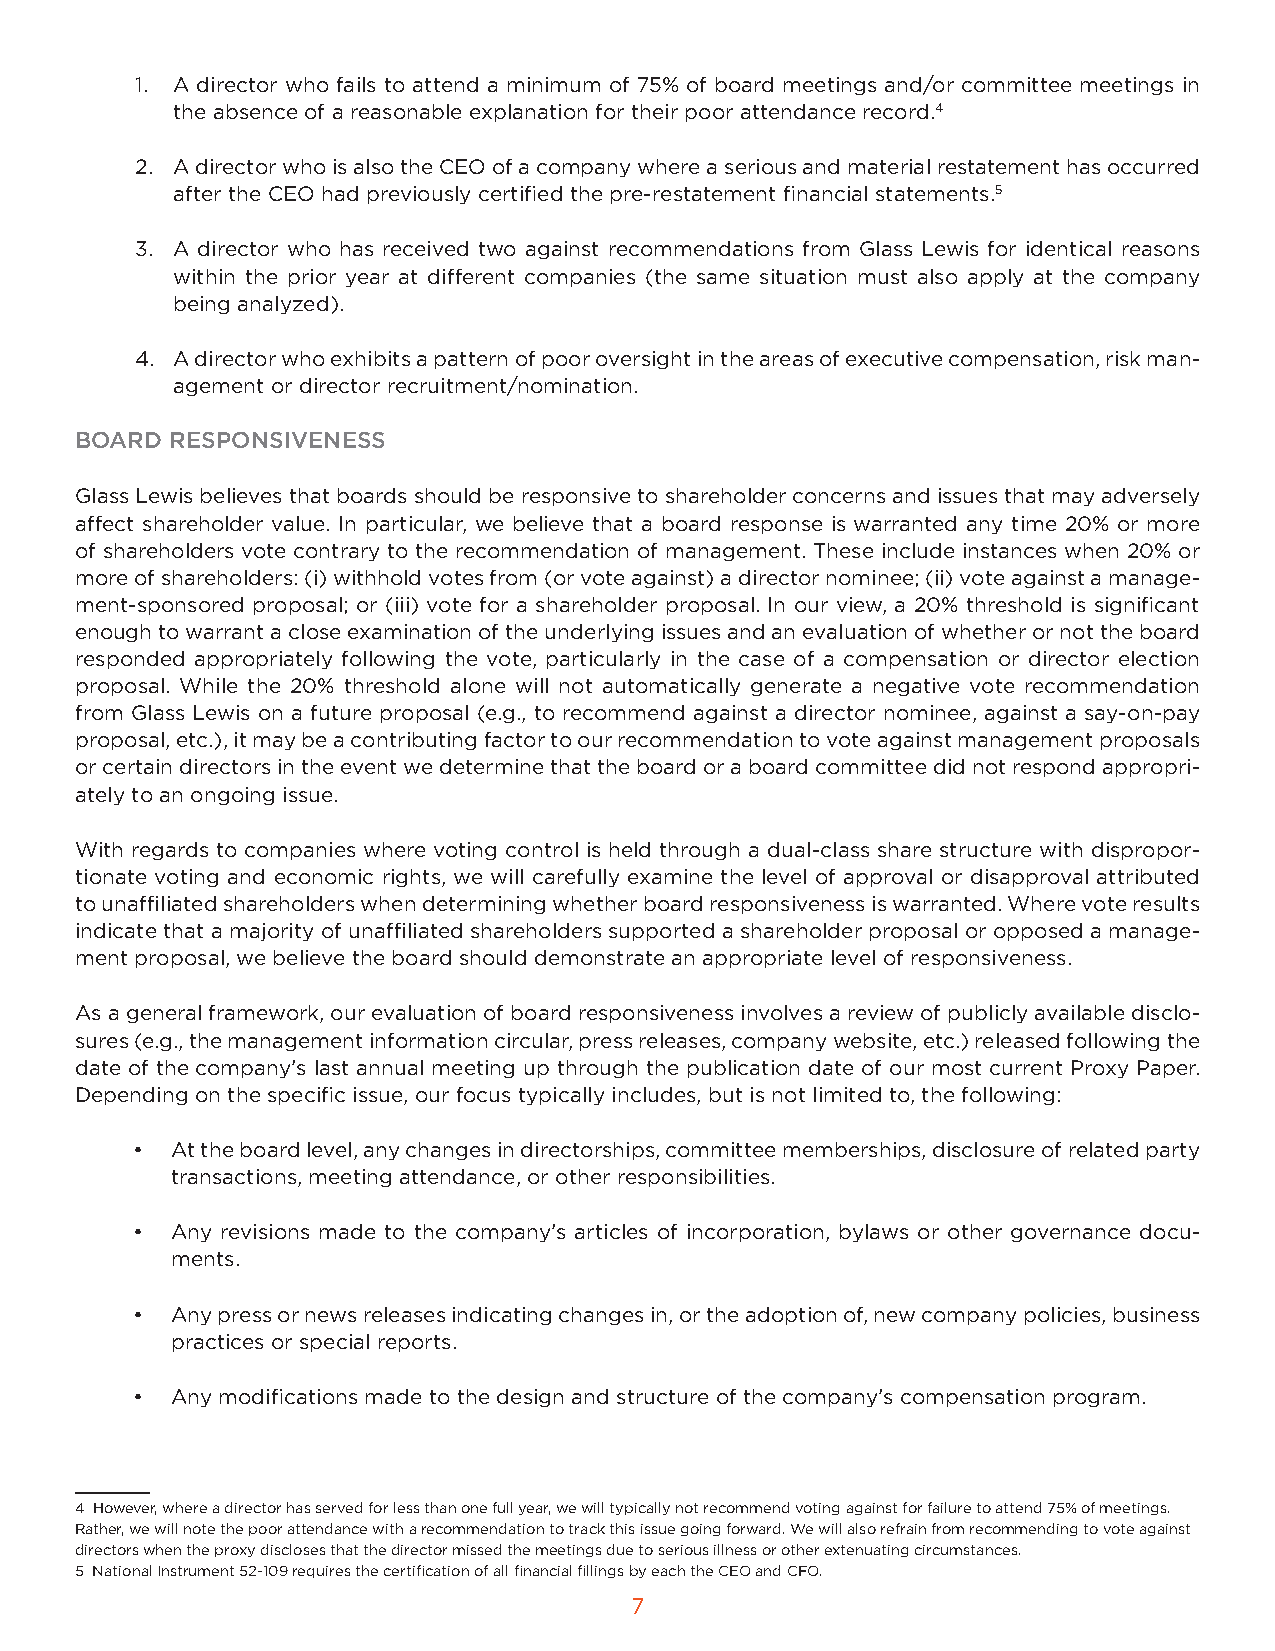
1. A director who fails to attend a minimum of 75% of board meetings and/or committee meetings in
 the absence of a reasonable explanation for their poor attendance record.4
 2. A director who is also the CEO of a company where a serious and material restatement has occurred
 after the CEO had previously certified the pre-restatement financial statements.5
 3. A director who has received two against recommendations from Glass Lewis for identical reasons
 within the prior year at different companies (the same situation must also apply at the company
 being analyzed).
 4. A director who exhibits a pattern of poor oversight in the areas of executive compensation, risk man-
 agement or director recruitment/nomination.
 BOARD RESPONSIVENESS
 Glass Lewis believes that boards should be responsive to shareholder concerns and issues that may adversely
 affect shareholder value. In particular, we believe that a board response is warranted any time 20% or more
 of shareholders vote contrary to the recommendation of management. These include instances when 20% or
 more of shareholders: (i) withhold votes from (or vote against) a director nominee; (ii) vote against a manage-
 ment-sponsored proposal; or (iii) vote for a shareholder proposal. In our view, a 20% threshold is significant
 enough to warrant a close examination of the underlying issues and an evaluation of whether or not the board
 responded appropriately following the vote, particularly in the case of a compensation or director election
 proposal. While the 20% threshold alone will not automatically generate a negative vote recommendation
 from Glass Lewis on a future proposal (e.g., to recommend against a director nominee, against a say-on-pay
 proposal, etc.), it may be a contributing factor to our recommendation to vote against management proposals
 or certain directors in the event we determine that the board or a board committee did not respond appropri-
 ately to an ongoing issue.
 With regards to companies where voting control is held through a dual-class share structure with dispropor-
 tionate voting and economic rights, we will carefully examine the level of approval or disapproval attributed
 to unaffiliated shareholders when determining whether board responsiveness is warranted. Where vote results
 indicate that a majority of unaffiliated shareholders supported a shareholder proposal or opposed a manage-
 ment proposal, we believe the board should demonstrate an appropriate level of responsiveness.
 As a general framework, our evaluation of board responsiveness involves a review of publicly available disclo-
 sures (e.g., the management information circular, press releases, company website, etc.) released following the
 date of the company’s last annual meeting up through the publication date of our most current Proxy Paper.
 Depending on the specific issue, our focus typically includes, but is not limited to, the following:
 • At the board level, any changes in directorships, committee memberships, disclosure of related party
 transactions, meeting attendance, or other responsibilities.
 • Any revisions made to the company’s articles of incorporation, bylaws or other governance docu-
 ments.
 • Any press or news releases indicating changes in, or the adoption of, new company policies, business
 practices or special reports.
 • Any modifications made to the design and structure of the company’s compensation program.
 4 However, where a director has served for less than one full year, we will typically not recommend voting against for failure to attend 75% of meetings.
 Rather, we will note the poor attendance with a recommendation to track this issue going forward. We will also refrain from recommending to vote against
 directors when the proxy discloses that the director missed the meetings due to serious illness or other extenuating circumstances.
 5 National Instrument 52-109 requires the certification of all financial fillings by each the CEO and CFO.
 7